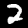
Label: 2